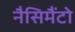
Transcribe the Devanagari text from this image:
नैसिमैंटो